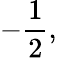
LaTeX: \displaystyle-\frac{1}{2},